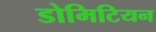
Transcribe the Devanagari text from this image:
डोमिटियन